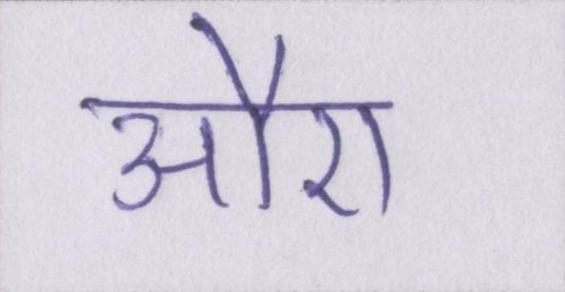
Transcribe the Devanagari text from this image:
औए